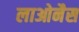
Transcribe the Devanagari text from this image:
लाओनैस